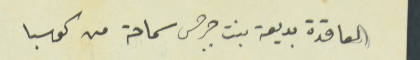
العاقدة بديعة بنت جرجس سماحة من كوسبا